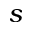
s